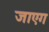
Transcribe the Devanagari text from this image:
जाएग